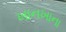
ખાનખાના